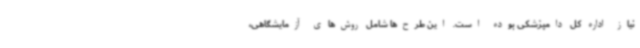
نیاز اداره کل دامپزشکی بوده است. این طرح‌ها شامل روش‌های آزمایشگاهی،